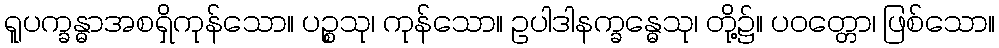
ရူပက္ခန္ဓာအစရှိကုန်သော။ ပဉ္စသု၊ ကုန်သော။ ဥပါဒါနက္ခန္ဓေသု၊ တို့၌။ ပဝတ္တော၊ ဖြစ်သော။